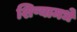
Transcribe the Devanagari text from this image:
शिष्यामधे